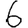
Digit: 6